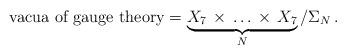
LaTeX: \begin{align*}\mbox{vacua of gauge theory} = \underbrace{ X_7 \, \times \, \dots\,\times \, X_7}_{N}/\Sigma_N\,.\end{align*}